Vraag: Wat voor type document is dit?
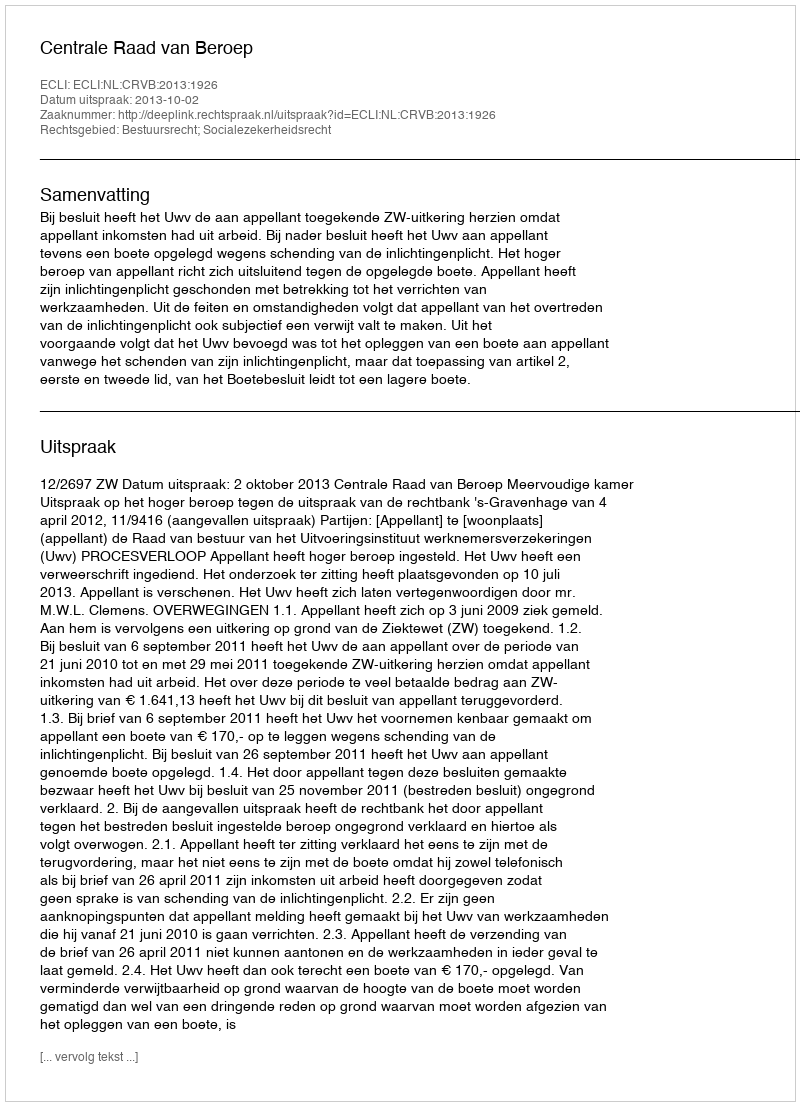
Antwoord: Uitspraak